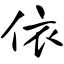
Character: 依